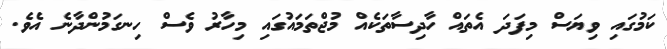
ކަމުގައި ވިޔަސް މިފަދަ އެތައް ހާދިސާތަކެއް މުޖްތަމައުގައި މިހާރު ވެސް ހިނގަމުންދާނެ އެވެ.